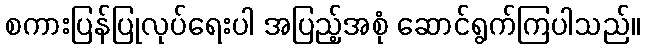
စကားပြန်ပြုလုပ်ရေးပါ အပြည့်အစုံ ဆောင်ရွက်ကြပါသည်။